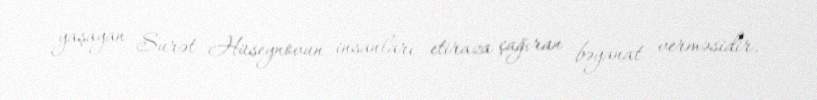
yaşayan Surət Hüseynovun insanları etiraza çağıran bəyanat verməsidir.